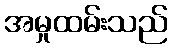
အမှုထမ်းသည်